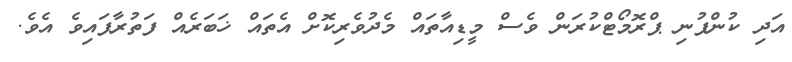
އަދި ކުންފުނި ޕްރޮމޯޓްކުރަން ވެސް މީޑިއާތައް މެދުވެރިކޮށް އެތައް ޚަބަރެއް ފަތުރާފައިވެ އެވެ.